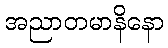
အညာတမာနိနော